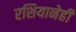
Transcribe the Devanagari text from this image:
रशियानेही